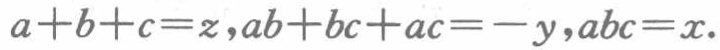
\(a + b + c = z,ab + bc + ac=-y,abc = x\)